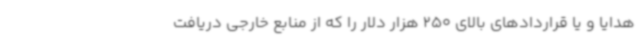
هدایا و یا قراردادهای بالای 250 هزار دلار را که از منابع خارجی دریافت